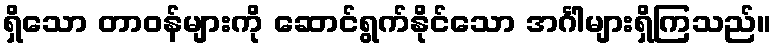
ရှိသော တာဝန်များကို ဆောင်ရွက်နိုင်သော အင်္ဂါများရှိကြသည်။